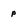
Character: p